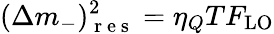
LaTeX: (\Delta m_{-})_{\mathrm{~r~e~s~}}^{2}=\eta_{Q}TF_{\mathrm{LO}}